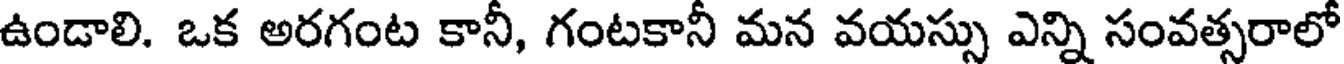
ఉండాలి. ఒక అరగంట కానీ, గంటకానీ మన వయస్సు ఎన్ని సంవత్సరాలో